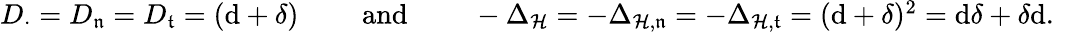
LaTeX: \begin{array}{r}{D_{\cdot}=D_{\mathfrak{n}}=D_{\mathfrak{t}}=(\mathrm{d}+\delta)\qquad\mathrm{~and~}\qquad-\Delta_{\mathcal{H}}=-\Delta_{\mathcal{H},\mathfrak{n}}=-\Delta_{\mathcal{H},\mathfrak{t}}=(\mathrm{d}+\delta)^{2}=\mathrm{d}\delta+\delta\mathrm{d}\mathrm{.~}}\end{array}